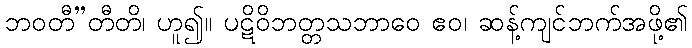
ဘဝတီ’’တီတိ၊ ဟူ၍။ ပဋိဝိဘတ္တသဘာဝေ ဧဝ၊ ဆန့်ကျင်ဘက်အဖို့၏